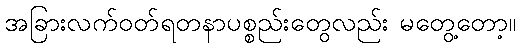
အခြားလက်ဝတ်ရတနာပစ္စည်းတွေလည်း မတွေ့တော့။